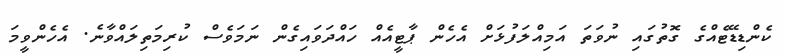
ކެންޑިޑޭޓެއްގެ ގޮތުގައި ނުވަތަ އަމިއްލަފުޅަށް އެހެން ޕާޓީއެއް ހައްދަވައިގެން ނަމަވެސް ކުރިމަތިލައްވާނެ. އެހެންވީމަ